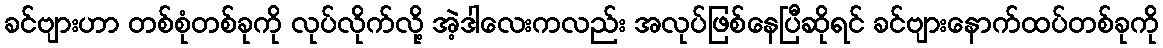
ခင်ဗျားဟာ တစ်စုံတစ်ခုကို လုပ်လိုက်လို့ အဲ့ဒါလေးကလည်း အလုပ်ဖြစ်နေပြီဆိုရင် ခင်ဗျားနောက်ထပ်တစ်ခုကို